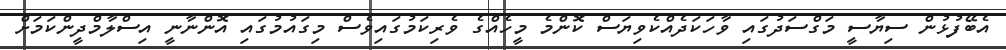
އެބޭފުޅުން ސިޔާސީ މަގްސަދުގައި ވާހަކަދެއްކެވިޔަސް ކޮންމެ މީހެއްގެ ވެރިކަމުގައިވެސް މިގައުމުގައި އޮންނާނީ އިސްލާމްދީންކަމަށް